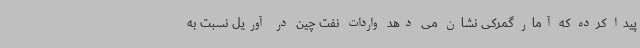
پیدا کرده که آمار گمرکی نشان می دهد واردات نفت چین در آوریل نسبت به